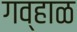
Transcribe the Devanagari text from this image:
गव्हाळ